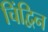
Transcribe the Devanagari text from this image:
चिंद्विन